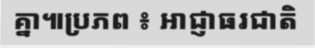
គ្នា៕ប្រភព ៖ អាជ្ញាធរជាតិ